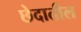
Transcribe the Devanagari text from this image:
छेदातील